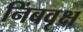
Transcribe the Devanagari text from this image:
निंबवृक्ष